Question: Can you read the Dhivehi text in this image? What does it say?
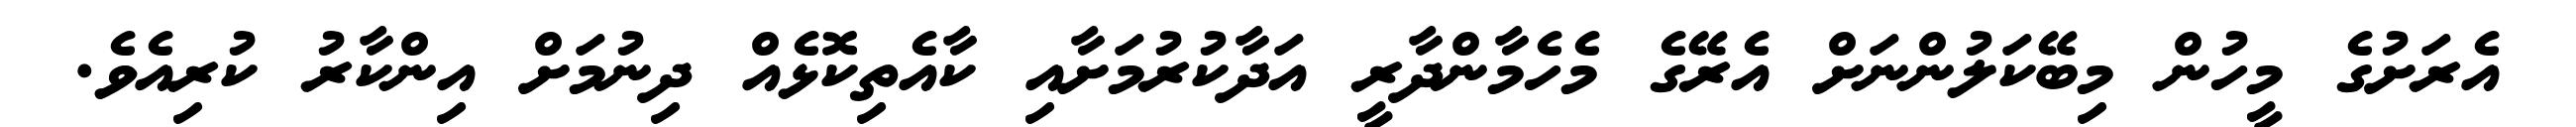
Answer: އެރަށުގެ މީހުން މިބޭކަލުންނަށް އެރޭގެ މެހެމާންދާރީ އަދާކުރުމަށާއި ކާއެތިކޮޅެއް ދިނުމަށް އިންކާރު ކުރިއެވެ.